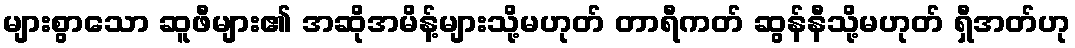
များစွာသော ဆူဖီများ၏ အဆိုအမိန့်များသို့မဟုတ် တာရီကတ် ဆွန်နီသို့မဟုတ် ရှီအတ်ဟု